Vaccination in Burma 1889-1999 - 1889-1999
Year: 1889
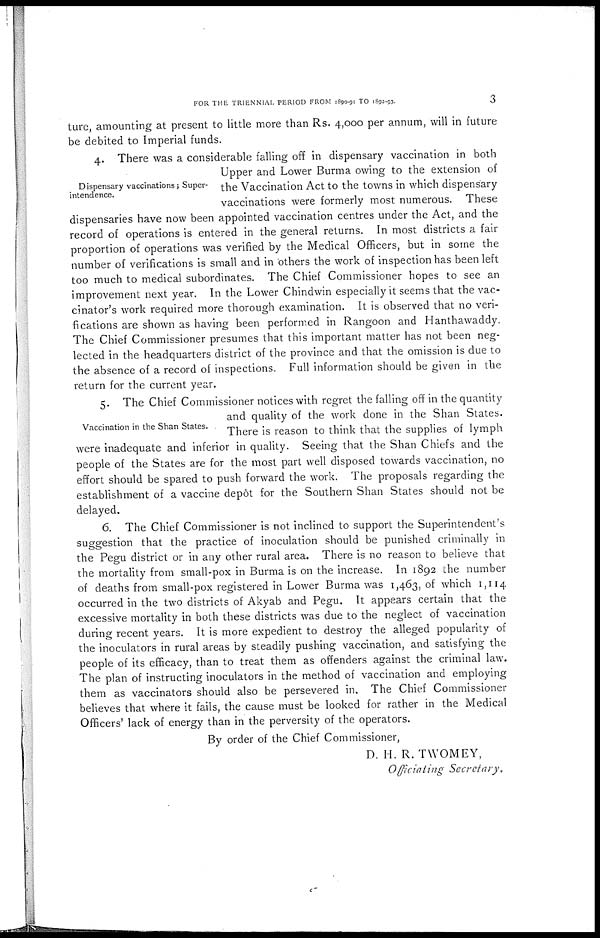
FOR THE TRIENNIAL PERIOD FROM 1890-91 TO 1892-93.
3
ture, amounting at present to little more than Rs. 4,000 per annum, will in future
be debited to Imperial funds.
Dispensary vaccinations; Super-
intendence.
4. There was a considerable falling off in dispensary vaccination in both
Upper and Lower Burma owing to the extension of
the Vaccination Act to the towns in which dispensary
vaccinations were formerly most numerous. These
dispensaries have now been appointed vaccination centres under the Act, and the
record of operations is entered in the general returns. In most districts a fair
proportion of operations was verified by the Medical Officers, but in some the
number of verifications is small and in others the work of inspection has been left
too much to medical subordinates. The Chief Commissioner hopes to see an
improvement next year. In the Lower Chindwin especially it seems that the vac-
cinator's work required more thorough examination. It is observed that no veri-
fications are shown as having been performed in Rangoon and Hanthawaddy.
The Chief Commissioner presumes that this important matter has not been neg-
lected in the headquarters district of the province and that the omission is due to
the absence of a record of inspections. Full information should be given in the
return for the current year.
Vaccination in the Shan States.
5. The Chief Commissioner notices with regret the falling off in the quantity
and quality of the work done in the Shan States.
There is reason to think that the supplies of lymph
were inadequate and inferior in quality. Seeing that the Shan Chiefs and the
people of the States are for the most part well disposed towards vaccination, no
effort should be spared to push forward the work. The proposals regarding the
establishment of a vaccine depôt for the Southern Shan States should not be
delayed.
6. The Chief Commissioner is not inclined to support the Superintendent's
suggestion that the practice of inoculation should be punished criminally in
the Pegu district or in any other rural area. There is no reason to believe that
the mortality from small-pox in Burma is on the increase. In 1892 the number
of deaths from small-pox registered in Lower Burma was 1,463, of which 1,114
occurred in the two districts of Akyab and Pegu. It appears certain that the
excessive mortality in both these districts was due to the neglect of vaccination
during recent years. It is more expedient to destroy the alleged popularity of
the inoculators in rural areas by steadily pushing vaccination, and satisfying the
people of its efficacy, than to treat them as offenders against the criminal law.
The plan of instructing inoculators in the method of vaccination and employing
them as vaccinators should also be persevered in. The Chief Commissioner
believes that where it fails, the cause must be looked for rather in the Medical
Officers' lack of energy than in the perversity of the operators.
By order of the Chief Commissioner,
D. H. R. TWOMEY,
Officiating Secretary.